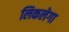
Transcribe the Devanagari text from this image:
लिकलेगा